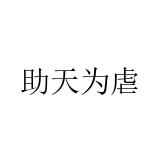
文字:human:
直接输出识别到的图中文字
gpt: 助天为虐